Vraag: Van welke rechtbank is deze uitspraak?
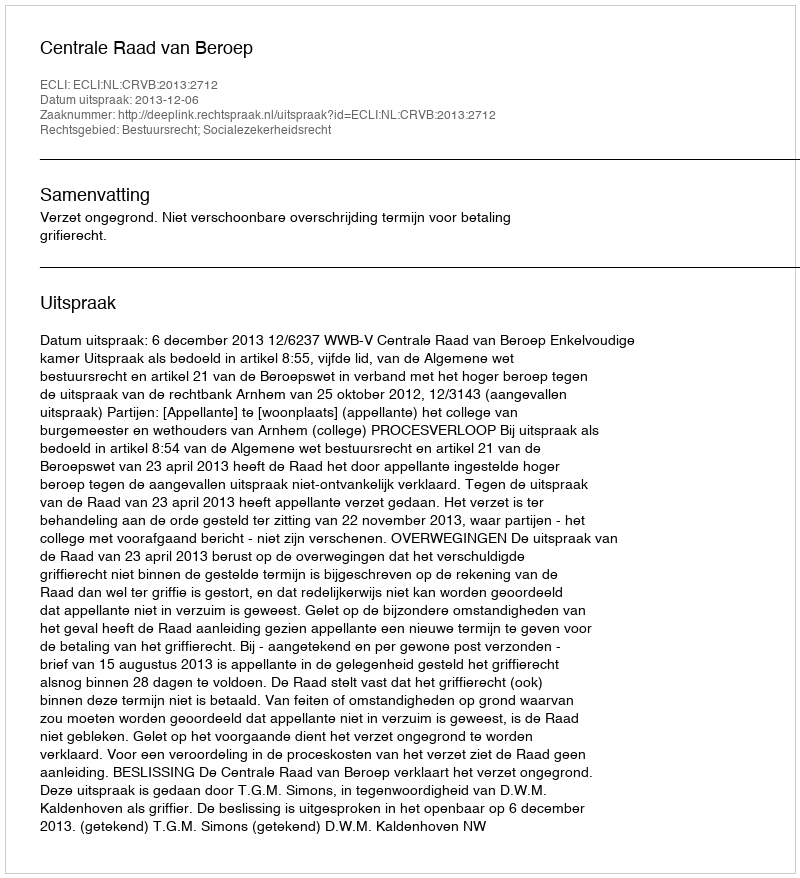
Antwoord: Centrale Raad van Beroep